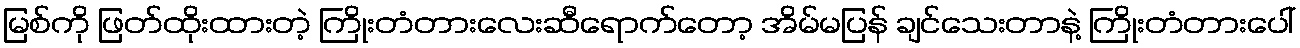
မြစ်ကို ဖြတ်ထိုးထားတဲ့ ကြိုးတံတားလေးဆီရောက်တော့ အိမ်မပြန် ချင်သေးတာနဲ့ ကြိုးတံတားပေါ်